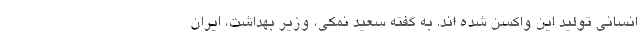
انسانی تولید این واکسن شده اند. به گفته سعید نمکی، وزیر بهداشت، ایران